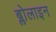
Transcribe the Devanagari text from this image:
ब्लोलाइन